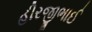
હીરજીભાઈ